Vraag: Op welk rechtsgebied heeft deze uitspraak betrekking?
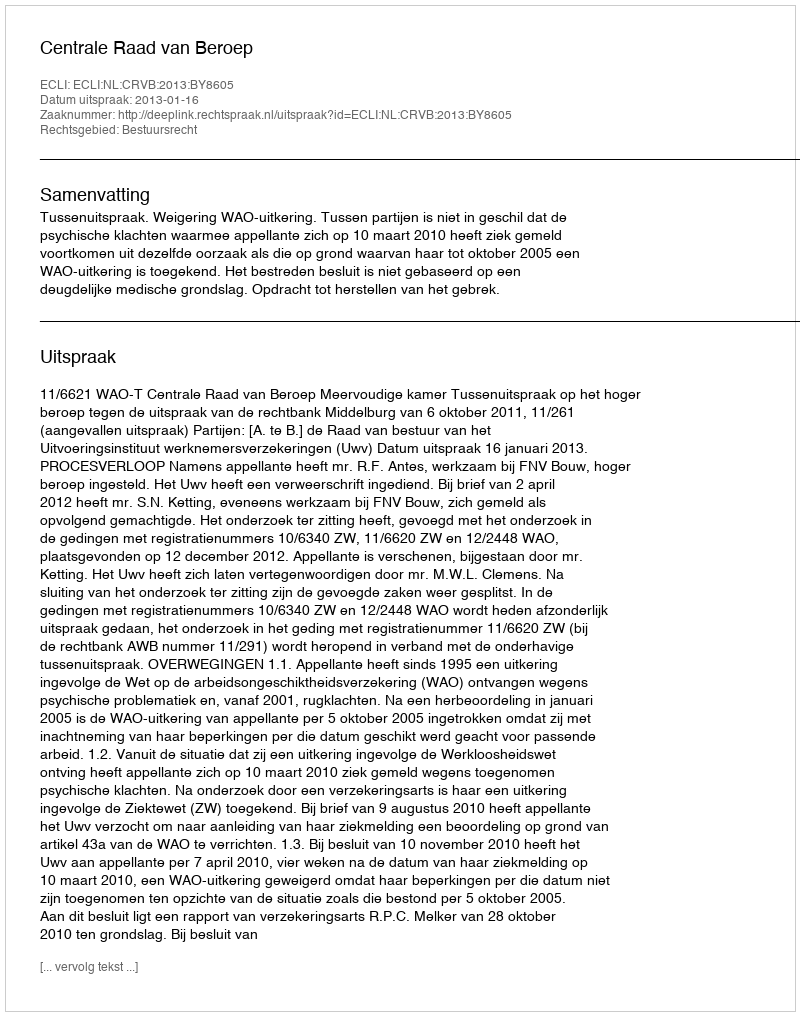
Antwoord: Bestuursrecht